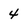
Character: 4